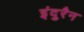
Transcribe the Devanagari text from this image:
इंदुरैन